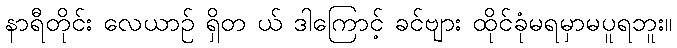
နာရီတိုင်း လေယာဉ် ရှိတ ယ် ဒါကြောင့် ခင်ဗျား ထိုင်ခုံမရမှာမပူရဘူး။